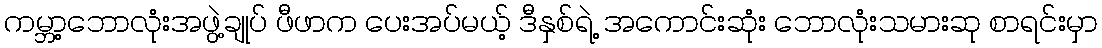
ကမ္ဘာ့ဘောလုံးအဖွဲ့ချုပ် ဖီဖာက ပေးအပ်မယ့် ဒီနှစ်ရဲ့ အကောင်းဆုံး ဘောလုံးသမားဆု စာရင်းမှာ